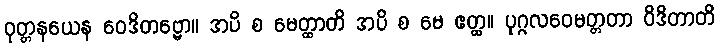
ဝုတ္တနယေန ဝေဒိတဗ္ဗော။ အပိ စ မေတ္ထာတိ အပိ စ မေ ဧတ္ထ။ ပုဂ္ဂလဝေမတ္တတာ ဝိဒိတာတိ